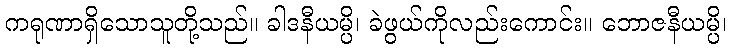
ကရုဏာရှိသောသူတို့သည်။ ခါဒနီယမ္ပိ၊ ခဲဖွယ်ကိုလည်းကောင်း။ ဘောဇနီယမ္ပိ၊